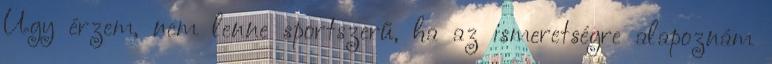
Úgy érzem, nem lenne sportszerű, ha az ismeretségre alapoznám